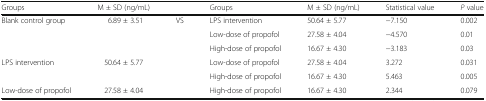
| Groups | M ± SD (ng/mL) |  | Groups | M ± SD (ng/mL) | Statistical value | P value |
 | --- | --- | --- | --- | --- | --- | --- |
 | <ROWSPAN=3> Blank control group | <ROWSPAN=3> 6.89 ± 3.51 | <ROWSPAN=6> VS | LPS intervention | 50.64 ± 5.77 | −7.150 | 0.002 |
 | Low-dose of propofol | 27.58 ± 4.04 | −4.570 | 0.01 |
 | High-dose of propofol | 16.67 ± 4.30 | −3.183 | 0.03 |
 | <ROWSPAN=2> LPS intervention | <ROWSPAN=2> 50.64 ± 5.77 | Low-dose of propofol | 27.58 ± 4.04 | 3.272 | 0.031 |
 | High-dose of propofol | 16.67 ± 4.30 | 5.463 | 0.005 |
 | Low-dose of propofol | 27.58 ± 4.04 | High-dose of propofol | 16.67 ± 4.30 | 2.344 | 0.079 |